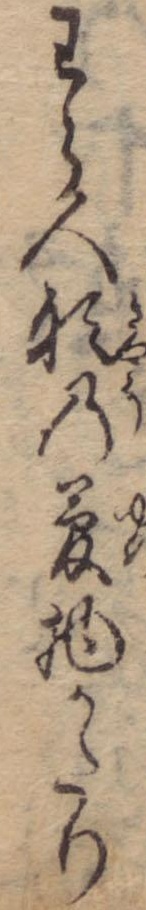
わら人形の夢物かたり